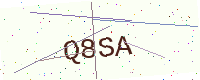
Text: Q8SA